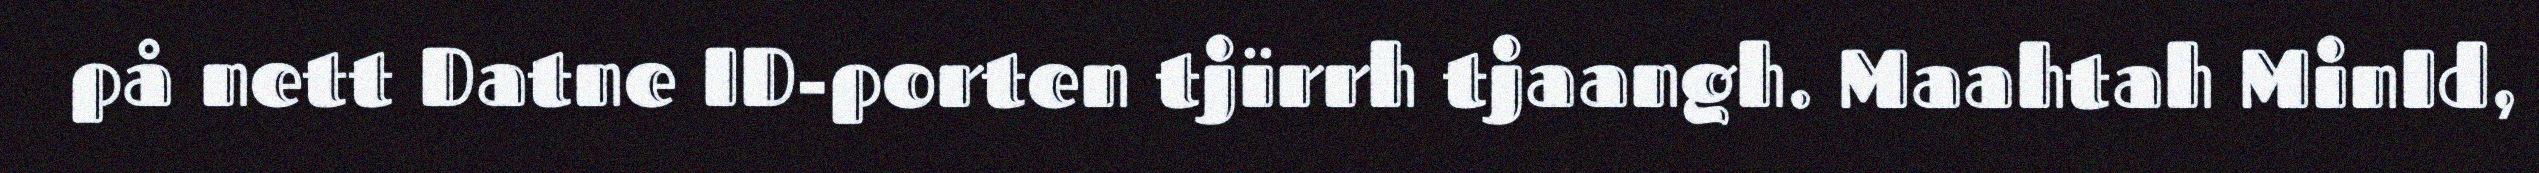
på nett Datne ID-porten tjïrrh tjaangh. Maahtah MinId,